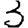
Digit: 3